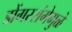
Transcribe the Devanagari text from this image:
डोंगररांगेमुळे